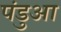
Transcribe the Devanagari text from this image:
पंडुआ